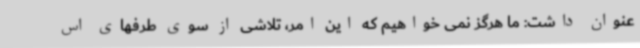
عنوان داشت: ما هرگز نمی خواهیم که این امر، تلاشی از سوی طرفهای اس